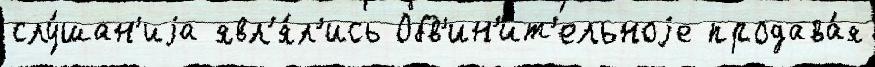
слу́шан'иjа явл'я́л'ись Обв'ин'и́т'ельноjе продава́я